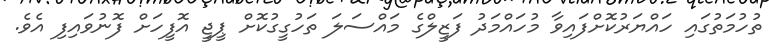
ތުހުމަތުގައި ހައްޔަރުކޮށްފައިވާ މުހައްމަދު ފަޒީލްގެ މައްސަލަ ތަހުގީގުކޮށް ޕީޖީ އޮފީހަށް ފޮނުވައިފި އެވެ.